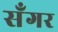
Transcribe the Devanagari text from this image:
सॅंगर